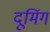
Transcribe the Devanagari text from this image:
दूमिंग